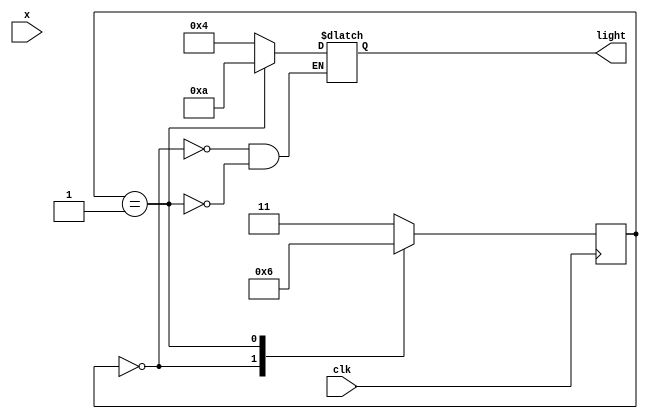
module traffic(clk,x,light);
input clk;
input x;
output reg[3:0]light;
reg [1:0]state;
parameter s0=11, s1=00, s2=01, s3=10;
parameter black=1000, red=0100, green=0010, yellow=0001;
always@(posedge clk)

	case(state)
		s0: state=s1;
		s1: state=s2;
		s2: state=s3;
		s3: state=s1;
		default: state=x?s0:s0;
	endcase
always@(state)
	case(state)
		s0: light=black;
		s1: light=red;
		s2: light=green;
		s3: light=yellow;
	endcase

endmodule